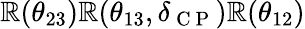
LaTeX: \mathbb{R}(\theta_{23})\mathbb{R}(\theta_{13},\delta_{\mathrm{{~C~P~}}})\mathbb{R}(\theta_{12})